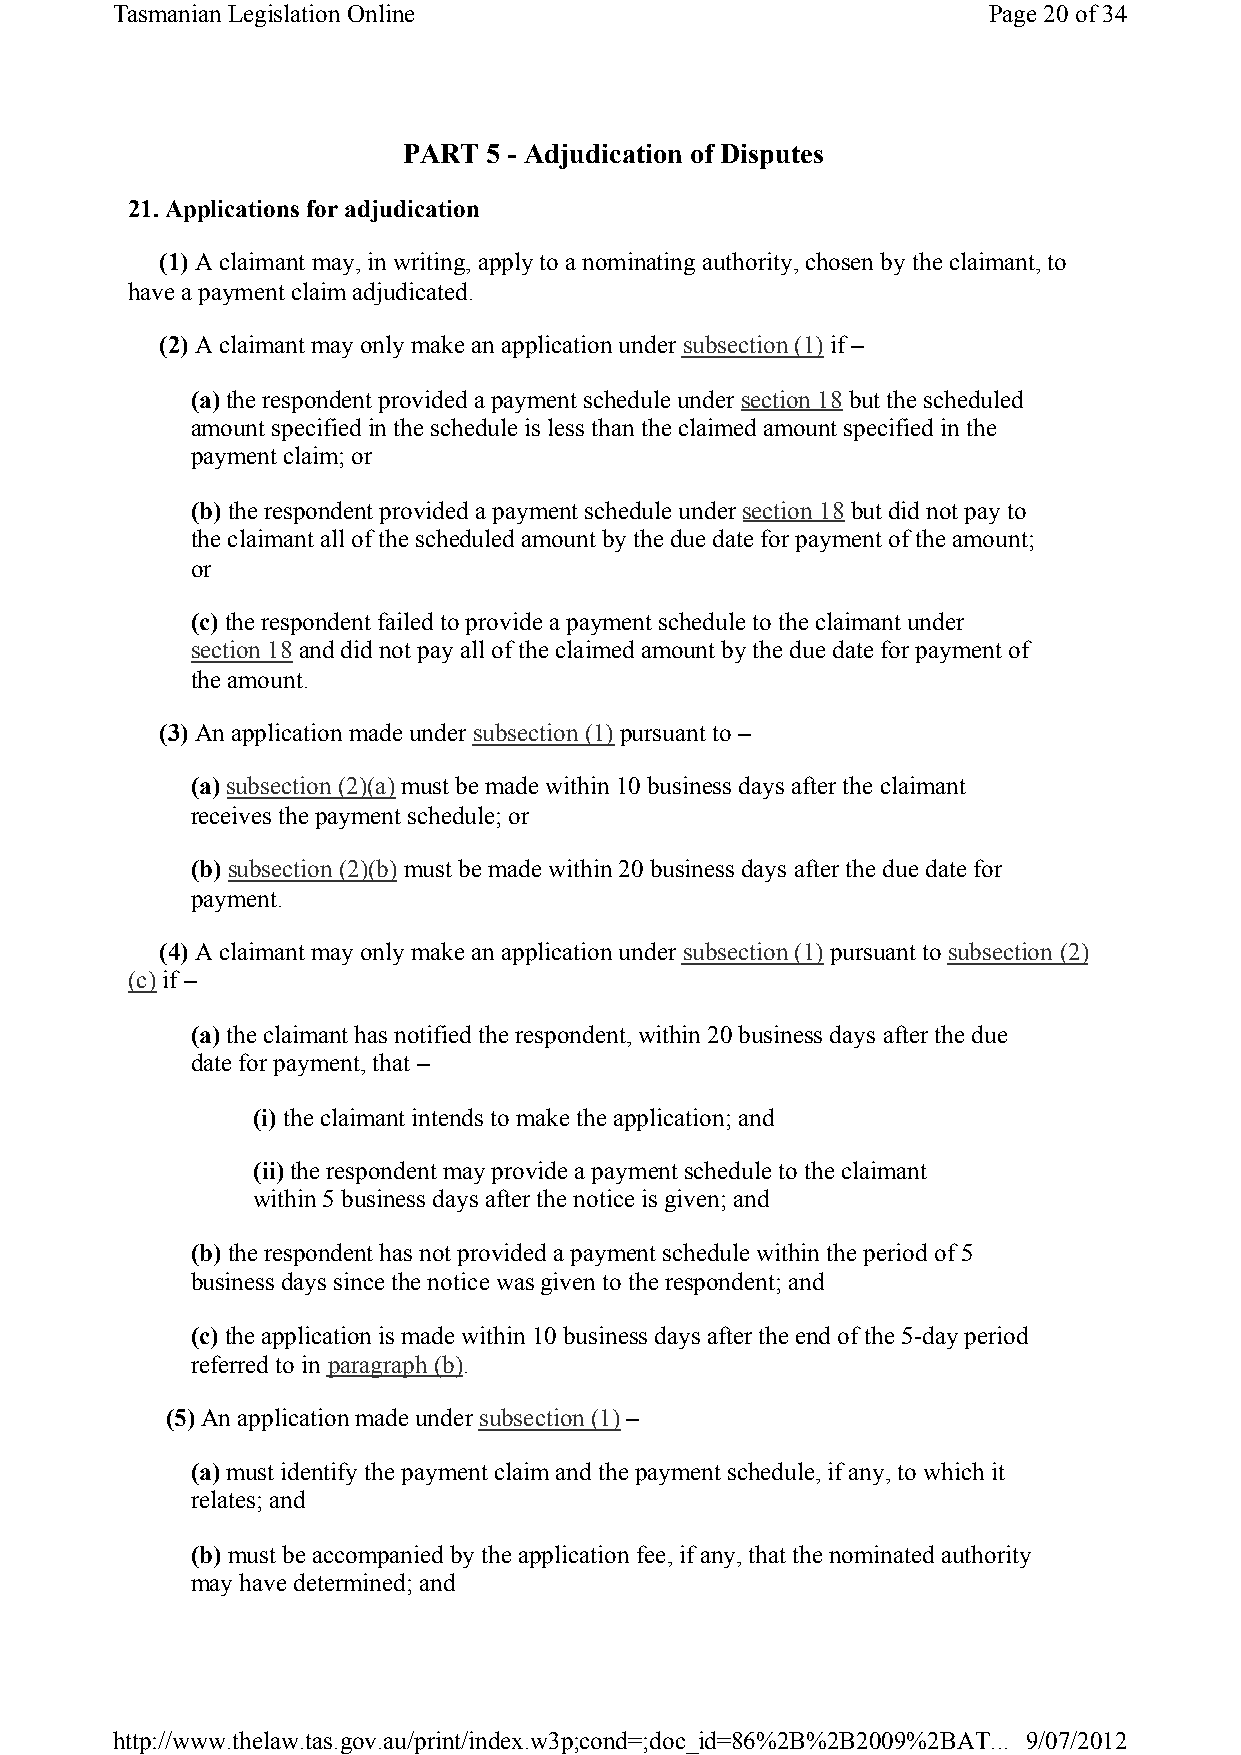
Tasmanian Legislation Online                              Page 20of 34
 PART 5 - Adjudication of Disputes
 21. Applications for adjudication
 (1) A claimant may, in writing, apply to a nominating authority, chosen by the claimant, to
 have a payment claim adjudicated.
 (2) A claimant may only make an application under subsection (1) if –
 (a) the respondent provided a payment schedule under section 18but the scheduled
 amount specified in the schedule is less than the claimed amount specified in the
 payment claim; or
 (b) the respondent provided a payment schedule under section 18but did not pay to
 the claimant all of the scheduled amount by the due date for payment of the amount;
 or
 (c)the respondent failed to provide a payment schedule to the claimant under
 section 18and did not pay all of the claimed amount by the due date for payment of
 the amount.
 (3) An application made under subsection (1) pursuant to –
 (a) subsection (2)(a)must be made within 10 business days after the claimant
 receives the payment schedule; or
 (b) subsection (2)(b)must be made within 20 business days after the due date for
 payment.
 (4) A claimant may only make an application under subsection (1) pursuant to subsection (2)
 (c)if –
 (a) the claimant has notified the respondent, within 20 business days after the due
 date for payment, that –
 (i) the claimant intends to make the application; and
 (ii) the respondent may provide a payment schedule to the claimant
 within 5 business days after the notice is given; and
 (b) the respondent has not provided a payment schedule within the period of 5
 business days since the notice was given to the respondent; and
 (c)the application is made within 10 business days after the end of the 5-day period
 referred to in paragraph (b).
 (5) An application made under subsection (1) –
 (a) must identify the payment claim and the payment schedule, if any, to which it
 relates; and
 (b) must be accompanied by the application fee, if any, that the nominated authority
 may have determined; and
 http://www.thelaw.tas.gov.au/print/index.w3p;cond=;doc_id=86%2B%2B2009%2BAT... 9/07/2012